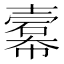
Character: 𢅍